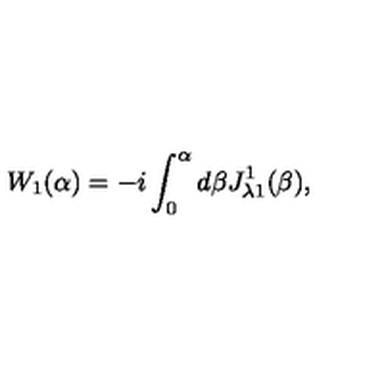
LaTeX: W _ { 1 } ( \alpha ) = - i \int _ { 0 } ^ { \alpha } d \beta J _ { \lambda 1 } ^ { 1 } ( \beta ) ,